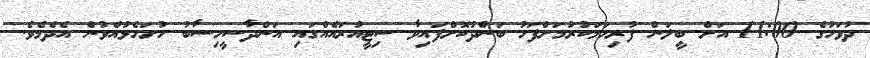
ދުވަހުގެ 11:00 އަށް ބީލަން ފުރިހަމަކުރުމަށްފަހު ބަންދުކޮށްފައިވާ ސިޓީއުރައެއްގައި އަންދާސީހިސާބު ހުށަހެޅުއްވުން އެދެމެވެ.